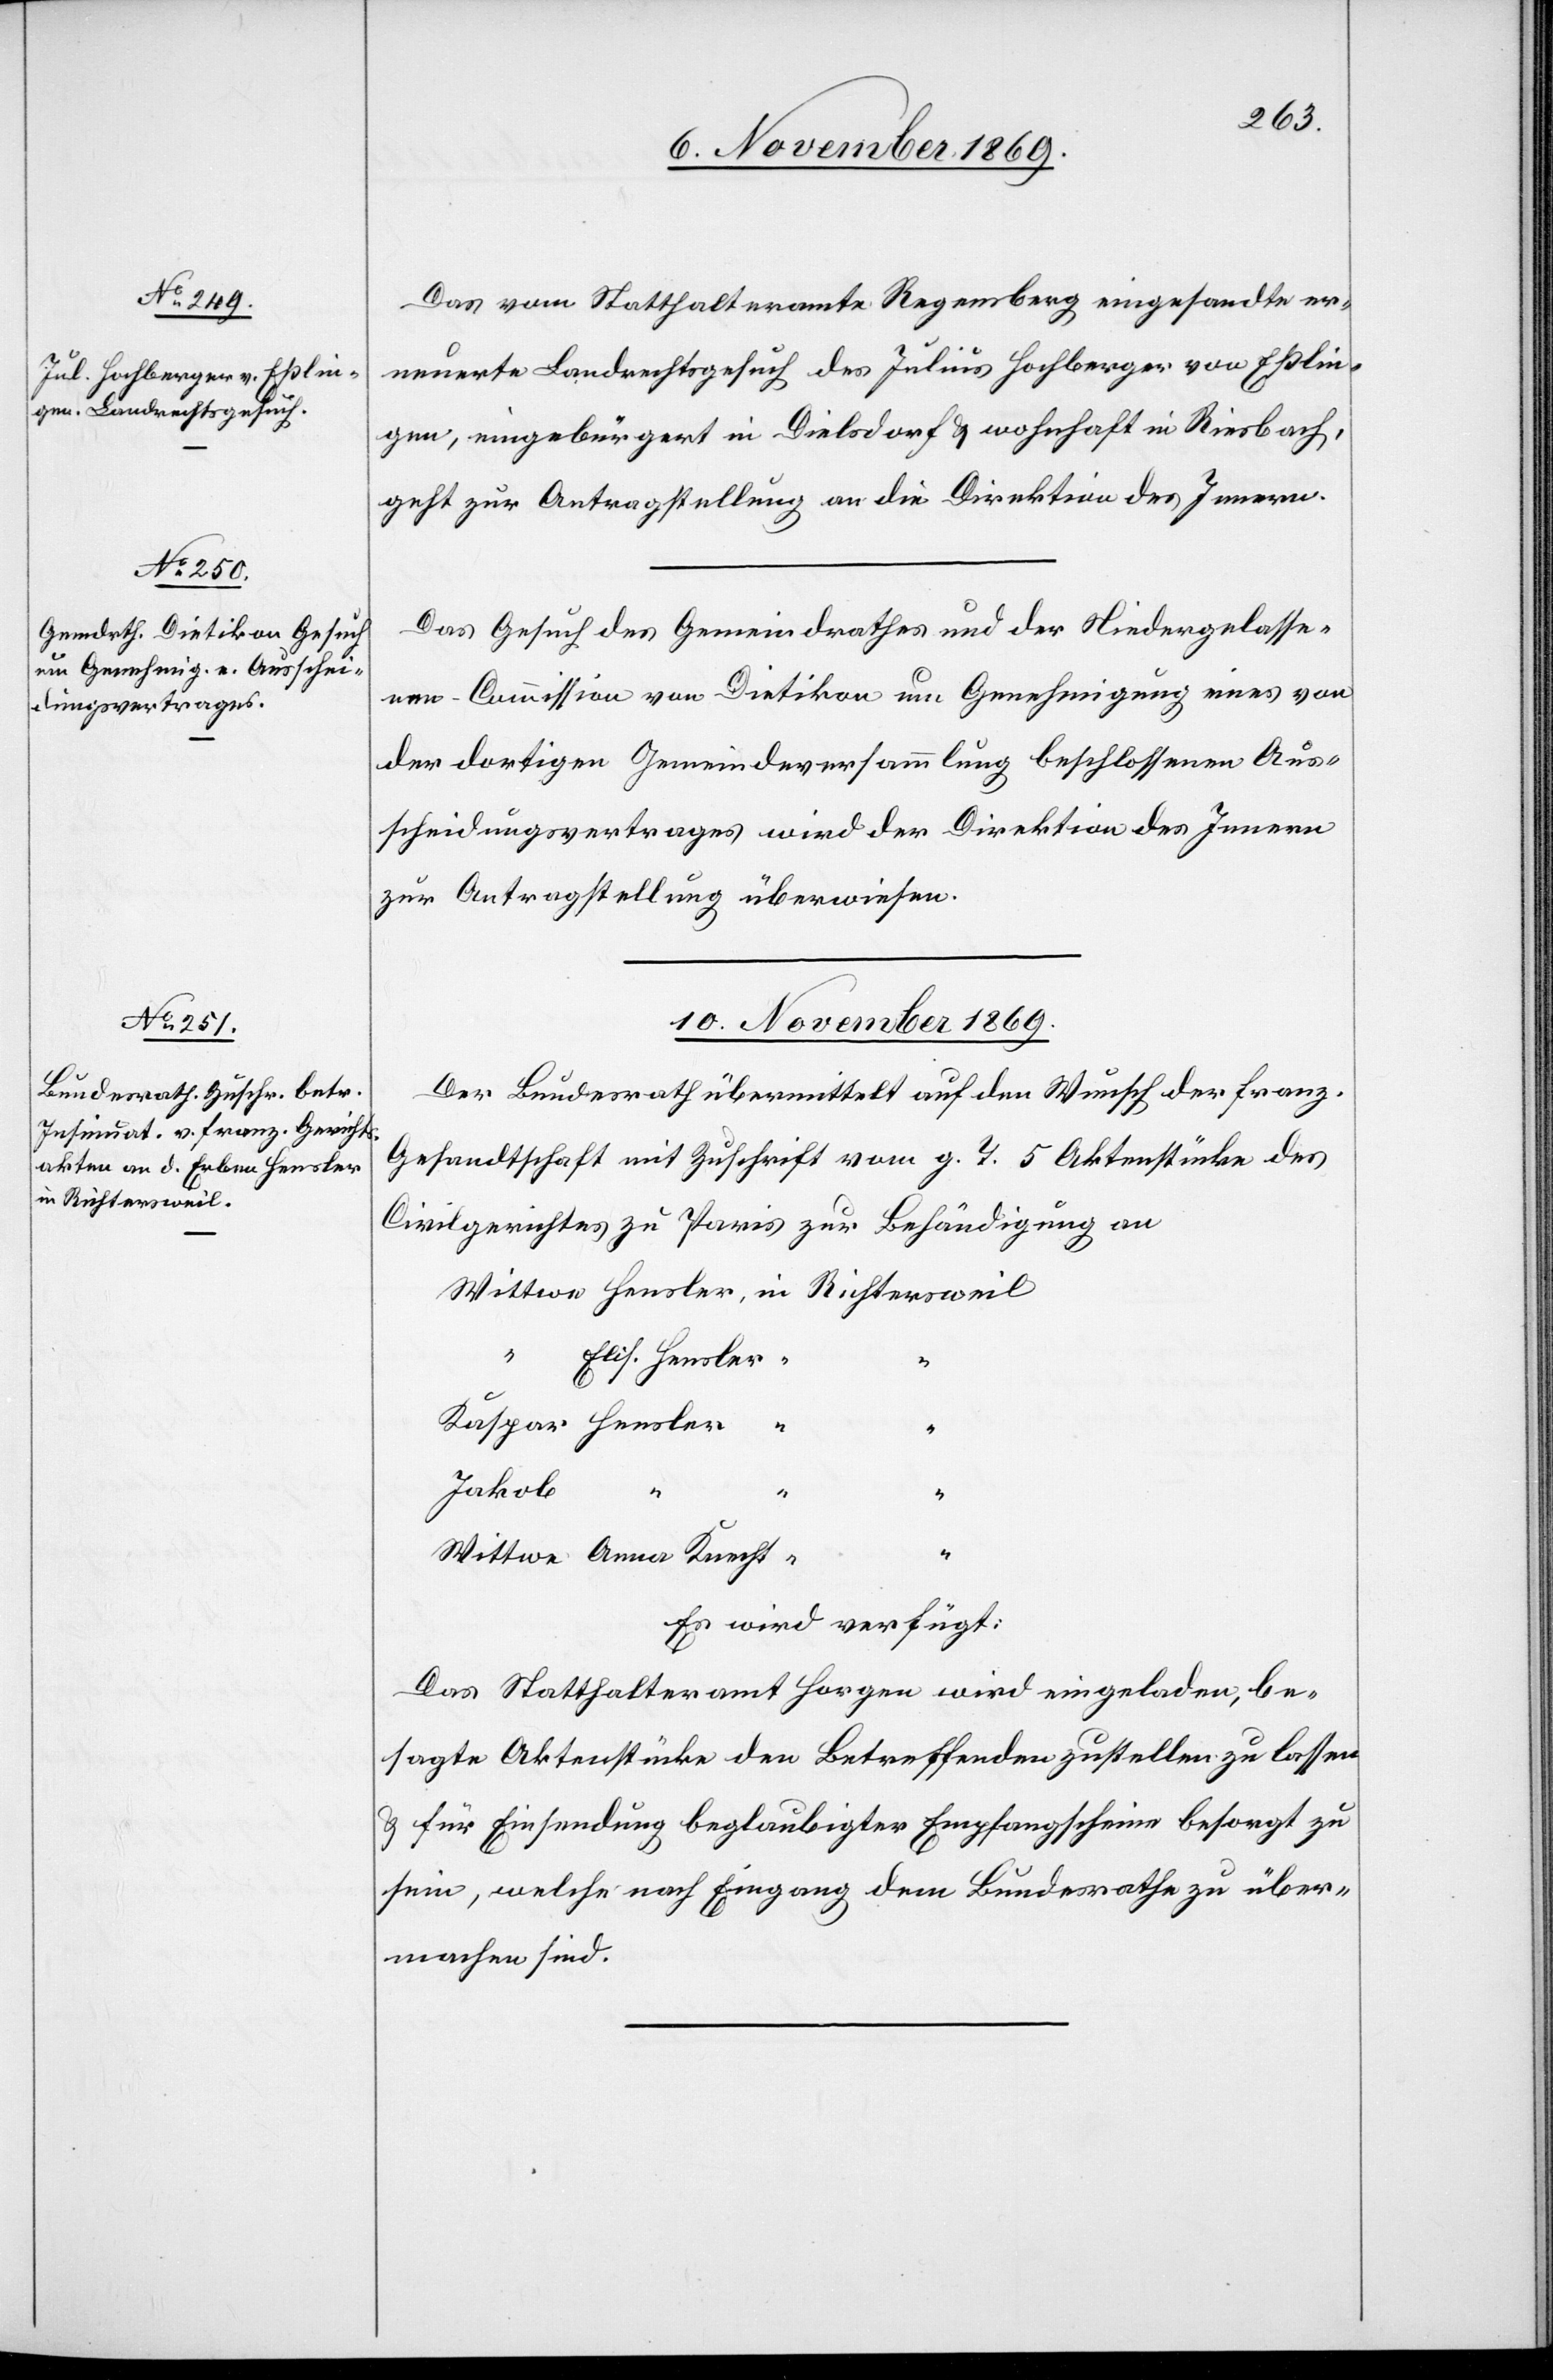
in Richtersweil

9. November 1869.]
Das vom Statthalteramte Regensberg eingesandte er¬
neuerte Landrechtsgesuch des Julius Hochberger von Eßlin¬
gen, eingebürgert in Dielsdorf & wohnhaft in Riesbach,
geht zur Antragstellung an die Direktion des Innern.
Das Gesuch des Gemeindrathes und der Niedergelasse¬
nen-Commission von Dietikon um Genehmigung eines von
der dortigen Gemeindeversammlung beschlossenen Aus¬
scheidungsvertrages wird der Direktion des Innern
zur Antragstellung überwiesen.
10. November 1869.
Der Bundesrath übermittelt auf den Wunsch der franz.
Gesandtschaft mit Zuschrift vom g. T. 5 Aktenstücke des
Civilgerichtes zu Paris zur Behändigung an
“
Elis. Hensler
Kaspar Hensler
Jakob “
“
“
Wittwe Anna Knecht
Es wird verfügt:
Das Statthalteramt Horgen wird eingeladen, be¬
sagte Aktenstücke den Betreffenden zustellen zu lassen
& für Einsendung beglaubigter Empfangscheine besorgt zu
sein, welche nach Eingang dem Bundesrathe zu über¬
machen sind.